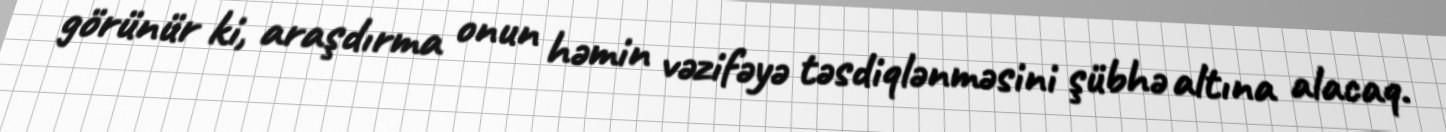
görünür ki, araşdırma onun həmin vəzifəyə təsdiqlənməsini şübhə altına alacaq.